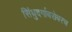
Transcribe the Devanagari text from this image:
सिंधुदर्गाबरोबरच